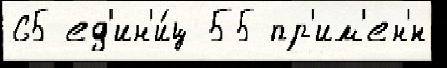
65 ед'ин'и́ц 55 пр'им'ен'́н